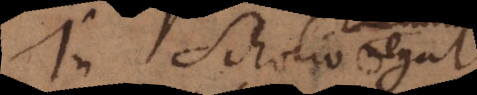
In Scholio negat